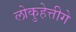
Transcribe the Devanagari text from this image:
लोकुहेत्तीगे